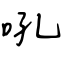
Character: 吼